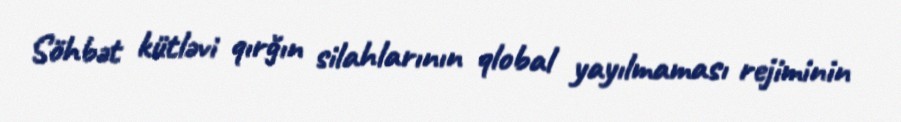
Söhbət kütləvi qırğın silahlarının qlobal yayılmaması rejiminin